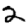
Digit: 2